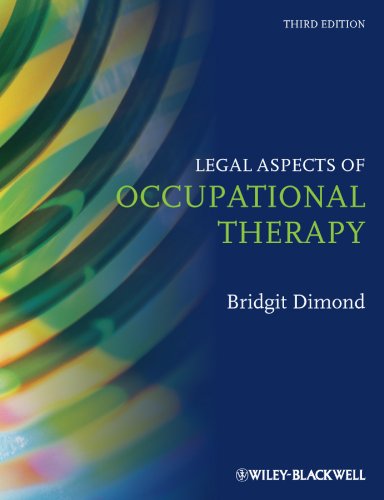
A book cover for Legal Aspects of Occupational Therapy; Bridgit C. Dimond; Law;